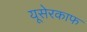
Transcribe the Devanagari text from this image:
यूसेरकाफ